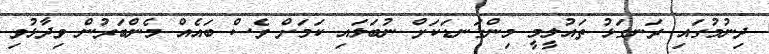
ދިނުމުގައި ރަނގަޅު ތައުލީމީ މިންގަނޑަކަށް ނުބަލައި ކަމަށް ވެސް ބައެއް މެންބަރުން ވިދާޅުވި